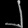
Digit: ၂